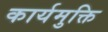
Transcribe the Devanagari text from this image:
कार्यमुक्ति